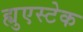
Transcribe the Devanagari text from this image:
ह्युएस्टेक